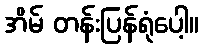
အိမ် တန်းပြန်ရုံပေါ့။